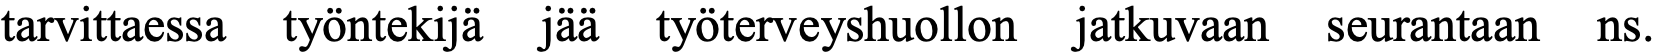
tarvittaessa työntekijä jää työterveyshuollon jatkuvaan seurantaan ns.